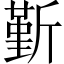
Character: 斳